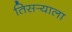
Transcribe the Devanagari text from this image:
तिसर्‍याला